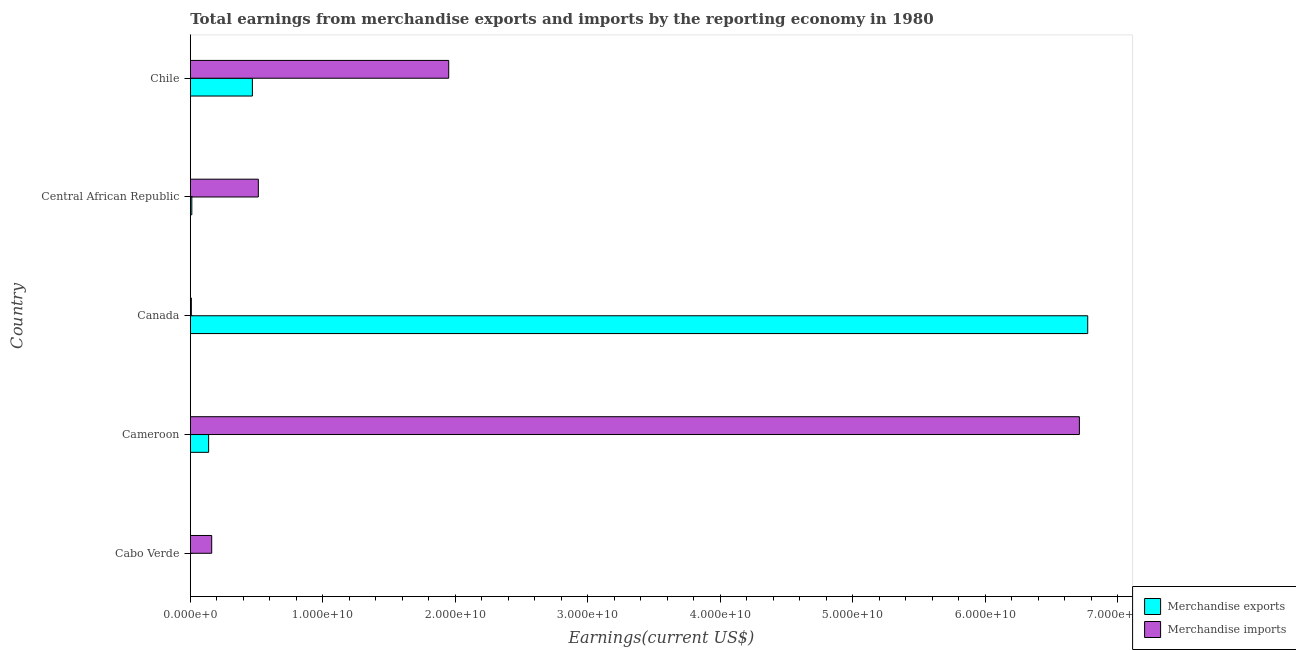
| Country | Merchandise exports | Merchandise imports |
 | --- | --- | --- |
 | Cabo Verde | 3.8e+06 | 1.62e+09 |
 | Cameroon | 1.38e+09 | 6.71e+10 |
 | Canada | 6.77e+10 | 7.89e+07 |
 | Central African Republic | 1.16e+08 | 5.14e+09 |
 | Chile | 4.69e+09 | 1.95e+10 |